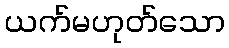
ယက်မဟုတ်သော